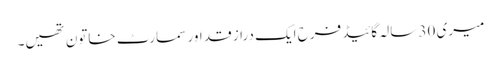
میری 30 سالہ گائیڈ فرح ایک دراز قد اور سمارٹ خاتون تھیں۔